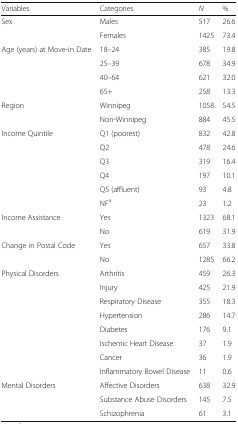
<table><thead><tr><td><b>Variables</b></td><td><b>Categories</b></td><td><b><i>N</i></b></td><td><b>%</b></td></tr></thead><tbody><tr><td rowspan="2">Sex</td><td>Males</td><td>517</td><td>26.6</td></tr><tr><td>Females</td><td>1425</td><td>73.4</td></tr><tr><td rowspan="4">Age (years) at Move-in Date</td><td>18–24</td><td>385</td><td>19.8</td></tr><tr><td>25–39</td><td>678</td><td>34.9</td></tr><tr><td>40–64</td><td>621</td><td>32.0</td></tr><tr><td>65+</td><td>258</td><td>13.3</td></tr><tr><td rowspan="2">Region</td><td>Winnipeg</td><td>1058</td><td>54.5</td></tr><tr><td>Non-Winnipeg</td><td>884</td><td>45.5</td></tr><tr><td rowspan="6">Income Quintile</td><td>Q1 (poorest)</td><td>832</td><td>42.8</td></tr><tr><td>Q2</td><td>478</td><td>24.6</td></tr><tr><td>Q3</td><td>319</td><td>16.4</td></tr><tr><td>Q4</td><td>197</td><td>10.1</td></tr><tr><td>Q5 (affluent)</td><td>93</td><td>4.8</td></tr><tr><td>NF<sup>a</sup></td><td>23</td><td>1.2</td></tr><tr><td rowspan="2">Income Assistance</td><td>Yes</td><td>1323</td><td>68.1</td></tr><tr><td>No</td><td>619</td><td>31.9</td></tr><tr><td rowspan="2">Change in Postal Code</td><td>Yes</td><td>657</td><td>33.8</td></tr><tr><td>No</td><td>1285</td><td>66.2</td></tr><tr><td rowspan="8">Physical Disorders</td><td>Arthritis</td><td>459</td><td>26.3</td></tr><tr><td>Injury</td><td>425</td><td>21.9</td></tr><tr><td>Respiratory Disease</td><td>355</td><td>18.3</td></tr><tr><td>Hypertension</td><td>286</td><td>14.7</td></tr><tr><td>Diabetes</td><td>176</td><td>9.1</td></tr><tr><td>Ischemic Heart Disease</td><td>37</td><td>1.9</td></tr><tr><td>Cancer</td><td>36</td><td>1.9</td></tr><tr><td>Inflammatory Bowel Disease</td><td>11</td><td>0.6</td></tr><tr><td rowspan="3">Mental Disorders</td><td>Affective Disorders</td><td>638</td><td>32.9</td></tr><tr><td>Substance Abuse Disorders</td><td>145</td><td>7.5</td></tr><tr><td>Schizophrenia</td><td>61</td><td>3.1</td></tr></tbody></table>